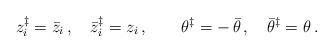
LaTeX: \begin{align*}z_i ^\ddagger = \bar{z}_i \,, \quad\bar{z}_i ^\ddagger = z_i \,, \quad \quad \theta^\ddagger = -\, \bar{\theta} \,,\quad\bar{\theta}^\ddagger = \theta \,.\end{align*}